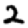
Digit: 2